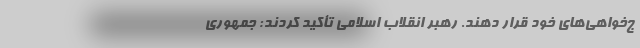
ج‌خواهی‌های خود قرار دهند. رهبر انقلاب اسلامی تأکید کردند: جمهوری